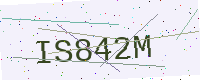
Text: IS842M